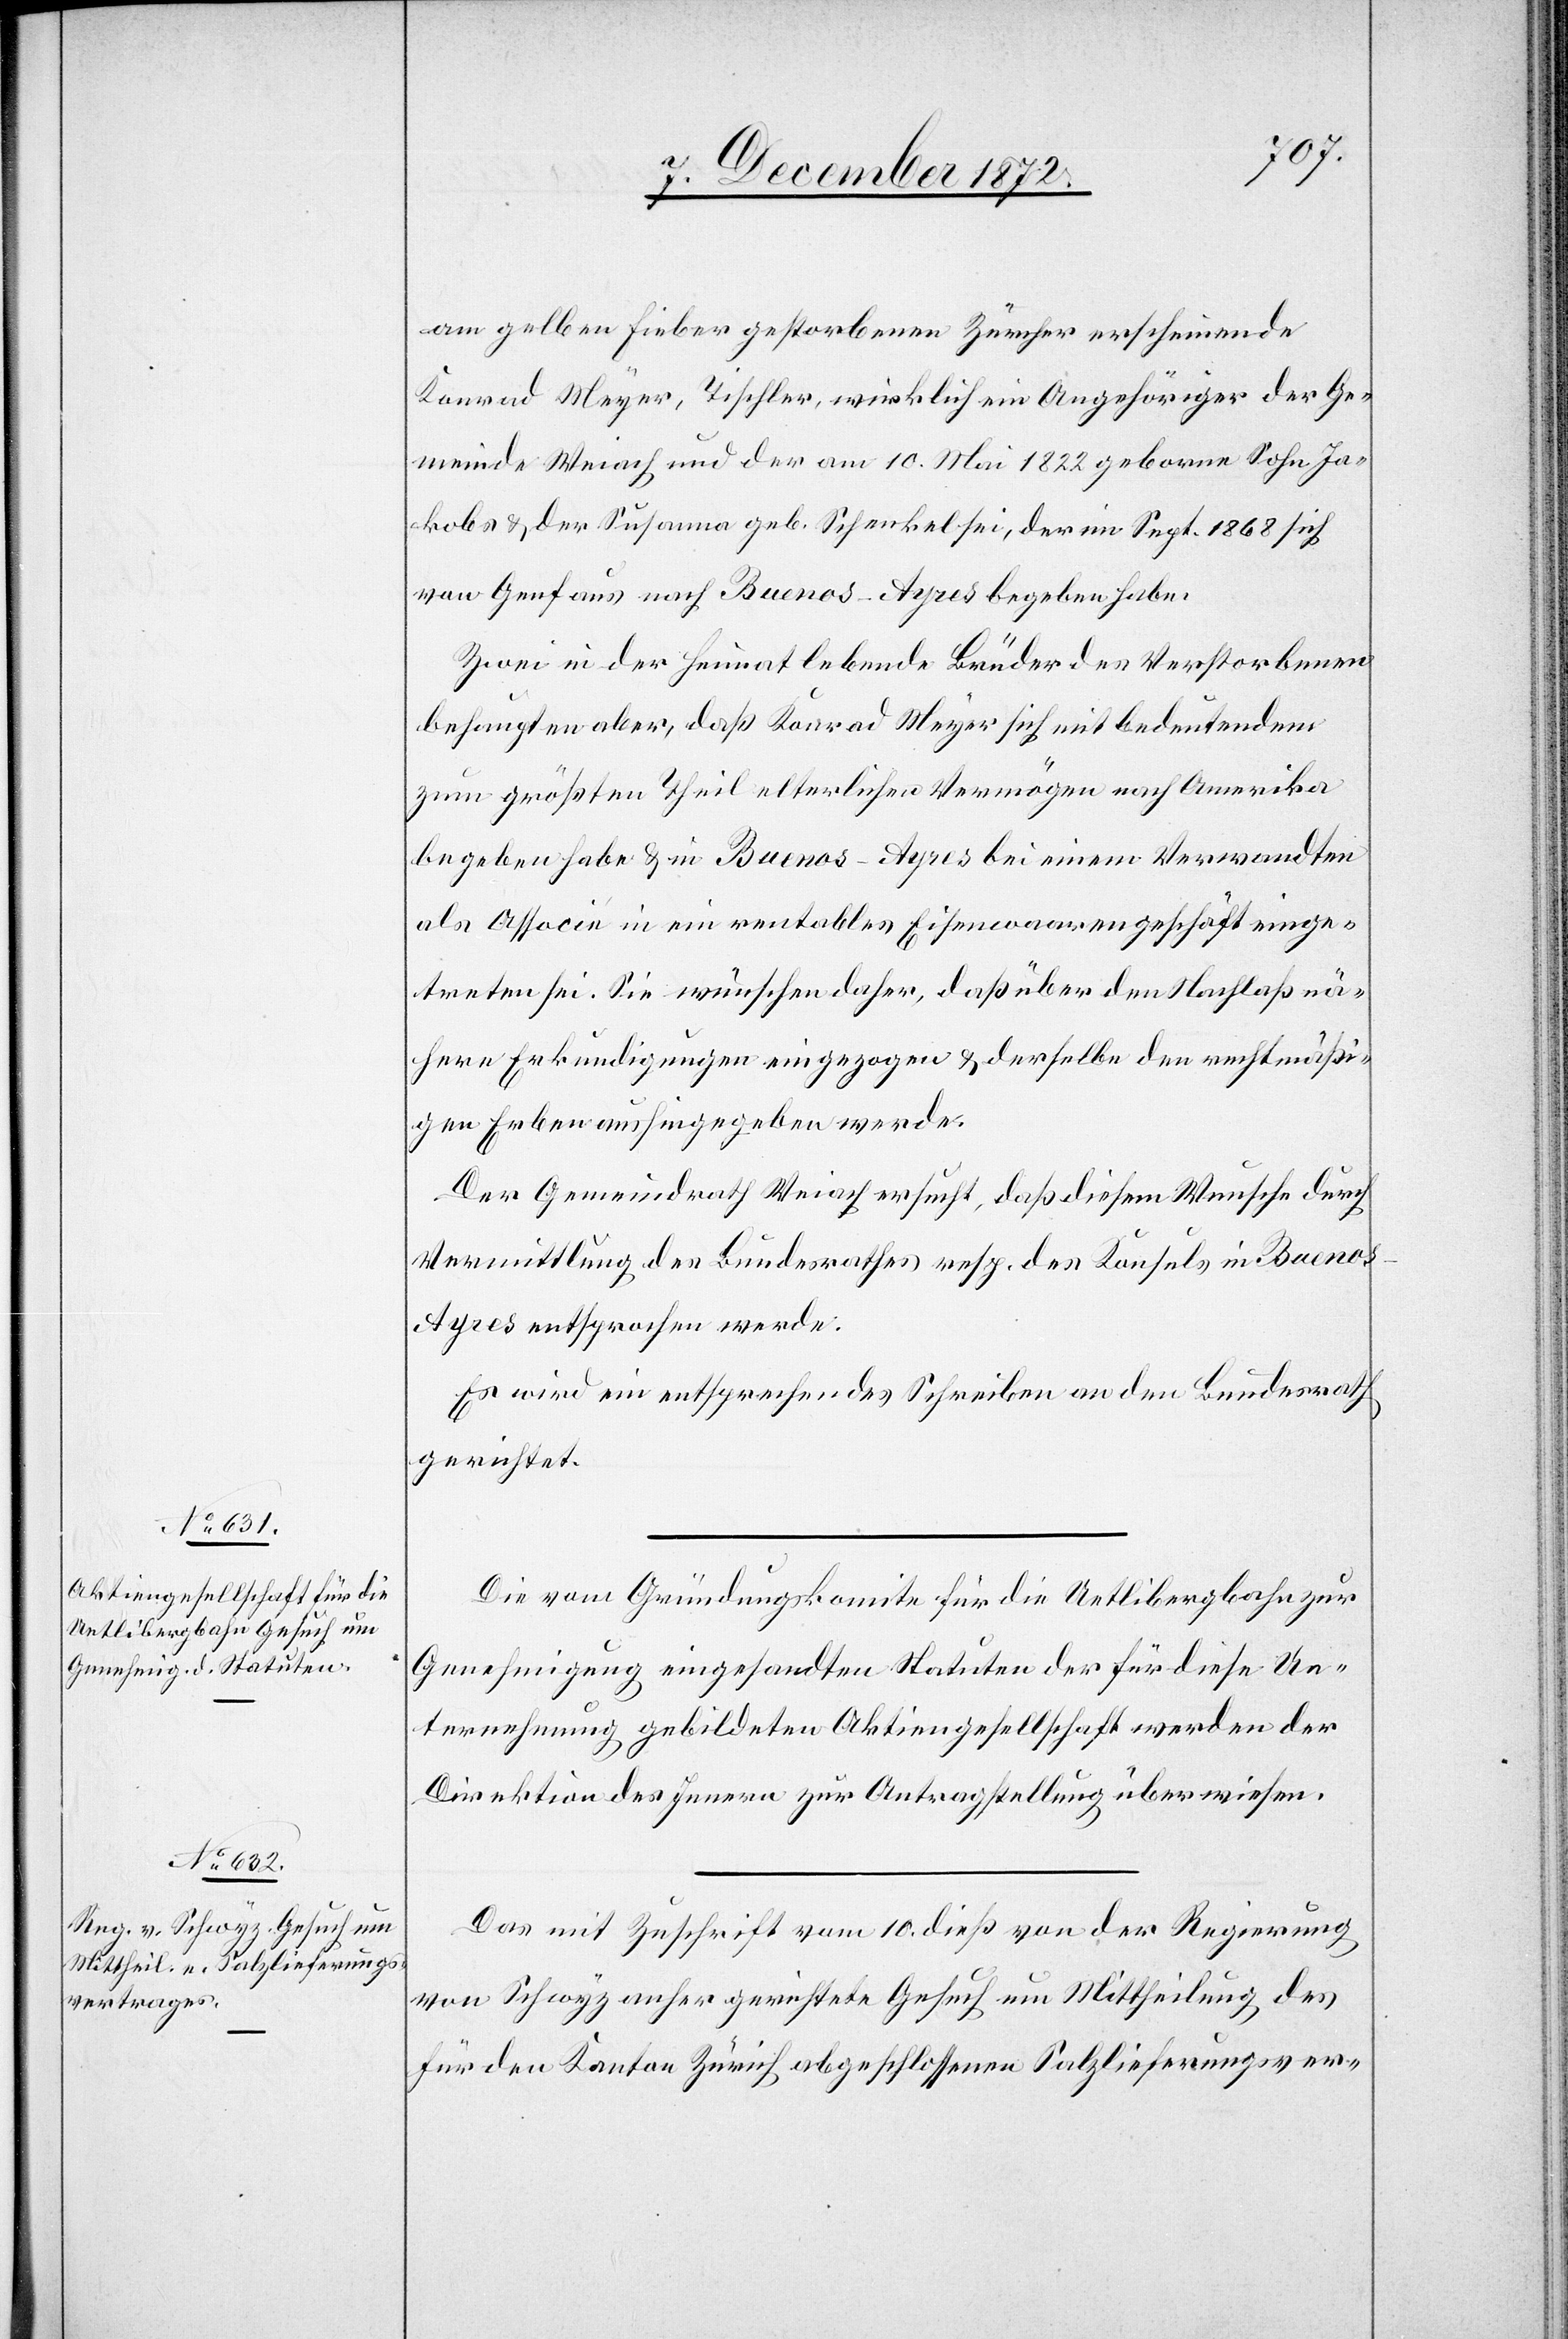
12. December 1872.]
am gelben Fieber gestorbenen Zürcher erscheinende
Konrad Meyer, Tischler, wirklich ein Angehöriger der Ge¬
meinde Weiach und der am 10. Mai 1822 geborne Sohn Ja¬
kobs u. der Susanna geb. Schenkel sei, der im Sept. 1868 sich
von Genf aus nach Buenos-Ayres begeben habe.
Zwei in der Heimat lebende Brüder des Verstorbenen
behaupten aber, daß Konrad Meyer sich mit bedeutendem
zum größten Theil elterlichen Vermögen nach Amerika
begeben habe u. in Buenos-Ayres bei einem Verwandten
als Associé in ein rentables Eisenwaarengeschäft einge¬
treten sei. Sie wünsche daher, daß über den Nachlaß nä¬
here Erkundigungen eingezogen u. derselbe den rechtmäßi¬
gen Erben aushingegeben werde.
Der Gemeindrath Weiach ersucht, daß diesem Wunsche durch
Vermittlung des Bundesrathes resp. des Konsuls in Bueno¬
s-Ayres entsprochen werde.
Es wird ein entsprechendes Schreiben an den Bundesrath
gerichtet.
Die vom Gründungskomite für die Uetlibergbahn zur
Genehmigung eingesandten Statuten der für diese Un¬
ternehmung gebildeten Aktiengesellschaft werden der
Direktion des Innern zur Antragstellung überwiesen.
Das mit Zuschrift vom 10. dieß von der Regierung
von Schwyz anher gerichtete Gesuch um Mittheilung des
für den Kanton Zürich abgeschlossenen Salzlieferungsver-